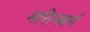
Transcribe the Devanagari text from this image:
मरित्स्बर्ग